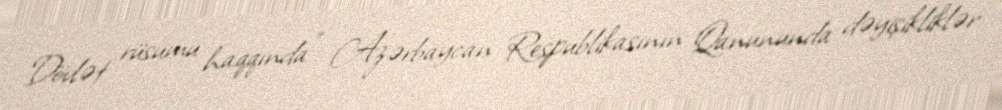
Dövlət rüsumu haqqında" Azərbaycan Respublikasının Qanununda dəyişikliklər